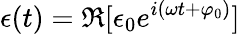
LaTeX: \epsilon(t)=\Re[\epsilon_{0}e^{i(\omega t+\varphi_{0})}]